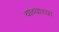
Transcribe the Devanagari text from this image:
थांब्याच्या